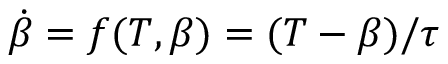
\dot { \beta } = f ( T , \beta ) = ( T - \beta ) / \tau